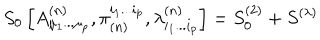
S _ { 0 } \left[ A _ { \mu _ { 1 } . . . \mu _ { p } } ^ { ( n ) } , \pi _ { ( n ) } ^ { i _ { 1 } . . . i _ { p } } , \lambda _ { i _ { 1 } . . . i _ { p } } ^ { ( n ) } \right] = S _ { 0 } ^ { ( 2 ) } + S ^ { ( \lambda ) }